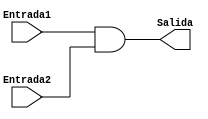
module Branch_AND(
// Entradas
input Entrada1,Entrada2,
// salida
output reg Salida
);

always @(*)
 Salida= Entrada1 & Entrada2;

endmodule